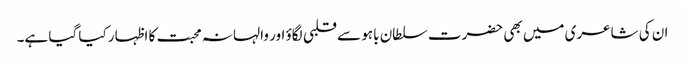
ان کی شاعری میں بھی حضرت سلطان باہو سے قلبی لگاؤ اور والہانہ محبت کا اظہار کیا گیا ہے۔